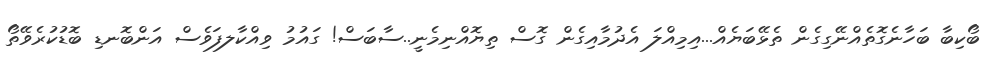
ބޯކިބާ ބަހާނެގޮތެއްނޭގިގެން ތެޅޭބަޔެއް...އިމިއްލަ އެދުމާއިގެން ގޮސް ތިޔޮއްނިމެނީ..ސާބަސް! ގައުމު ވިއްކާލފަވެސް އަންބޮނޑި ބޮޑުކުރެވޭތޯ